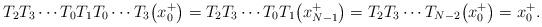
LaTeX: \begin{gather*}T_2 T_3 \cdots T_0 T_1 T_0 \cdots T_3\big(x_0^+\big) = T_2 T_3 \cdots T_0 T_1 \big(x_{N-1}^+\big) = T_2 T_3 \cdots T_{N-2} \big(x_0^+\big) = x_0^+.\end{gather*}